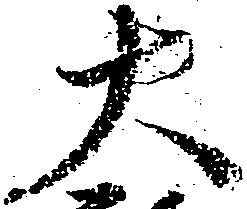
大